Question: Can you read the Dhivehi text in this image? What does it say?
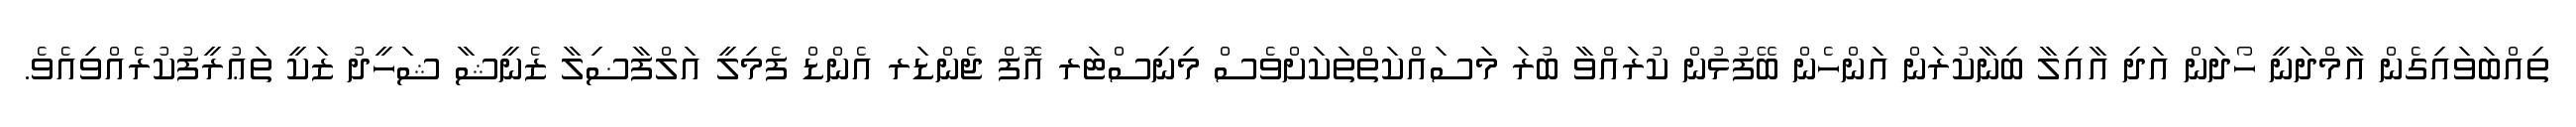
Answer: ތިއްބަވައިގެން އާމްދަނީ ހޯދަން އަދި އާއިލާ ބިނާކުރަން އަންހެން ބޭފުޅުން ކުރައްވާ ބުރަ މަސައްކަތްތަކަށްވެސް މިނިސްޓަރ އޮފް ޖެންޑަރ އެންޑް ފެމިލީ އަލްފާޟިލާ ޒެނީޝާ ޝަހީދު ޒަކީ ތަޢުރީފުކުރެއްވިއެވެ.